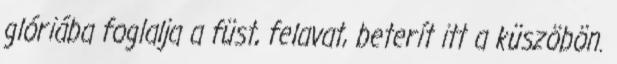
glóriába foglalja a füst, felavat, beterít itt a küszöbön.